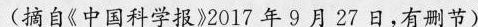
(摘自《中国科学报》2017年9月27日，有删节)